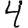
Digit: 4